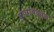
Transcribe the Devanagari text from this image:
वाघांबद्दल